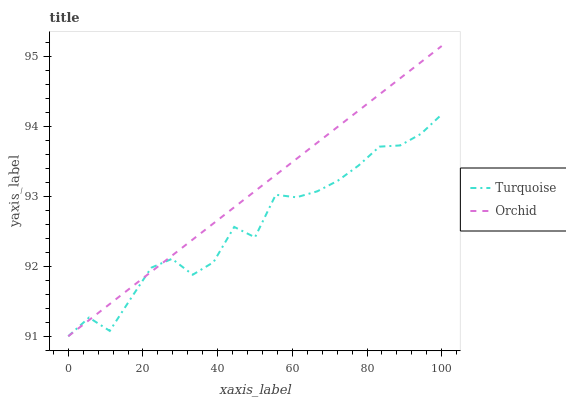
| xaxis_label | Turquoise | Orchid |
 | --- | --- | --- |
 | 0 | 91 | 91 |
 | 5.56 | 91.3 | 91.2 |
 | 11.1 | 91.1 | 91.5 |
 | 16.7 | 91.5 | 91.7 |
 | 22.2 | 92 | 91.9 |
 | 27.8 | 92.1 | 92.2 |
 | 33.3 | 91.9 | 92.4 |
 | 38.9 | 92.1 | 92.6 |
 | 44.4 | 92.6 | 92.8 |
 | 50 | 92.4 | 93.1 |
 | 55.6 | 93 | 93.3 |
 | 61.1 | 93 | 93.5 |
 | 66.7 | 93.1 | 93.8 |
 | 72.2 | 93.2 | 94 |
 | 77.8 | 93.4 | 94.2 |
 | 83.3 | 93.7 | 94.5 |
 | 88.9 | 93.7 | 94.7 |
 | 94.4 | 93.9 | 94.9 |
 | 100 | 94.2 | 95.2 |